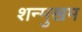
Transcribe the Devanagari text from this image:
शन्मुखम